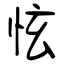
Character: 怰